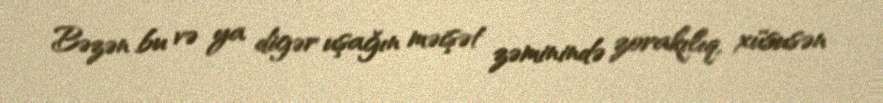
Bəzən bu və ya digər uşağın məişət zəminində zorakılıq, xüsusən